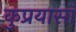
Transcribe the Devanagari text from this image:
कुप्रयासॉ